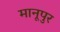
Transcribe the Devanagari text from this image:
मानूपुर